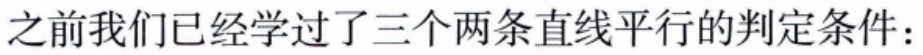
之前我们已经学过了三个两条直线平行的判定条件：